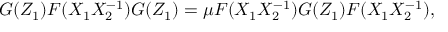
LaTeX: G ( Z _ { 1 } ) F ( X _ { 1 } X _ { 2 } ^ { - 1 } ) G ( Z _ { 1 } ) = \mu F ( X _ { 1 } X _ { 2 } ^ { - 1 } ) G ( Z _ { 1 } ) F ( X _ { 1 } X _ { 2 } ^ { - 1 } ) ,